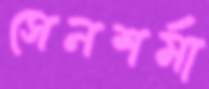
সেনশর্মা